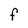
Character: F